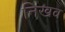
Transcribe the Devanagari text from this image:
निखव